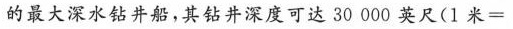
的最大深水钻井船，其钻井深度可达30000英尺(1米=